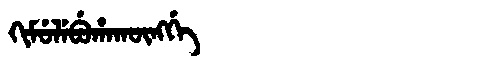
Manchu: ᡴᡳᠮᡠᠯᡝᠪᡠᡥᠠᡴᡡᠩᡤᡝ
Romanization: KIMULEBUHAKŪNGGE